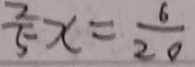
\frac { 2 } { 5 } x = \frac { 6 } { 2 0 }